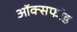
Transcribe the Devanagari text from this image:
ऑक्सफोड